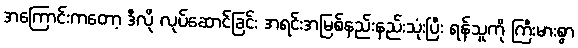
အကြောင်းကတော့ ဒီလို လုပ်ဆောင်ခြင်း အရင်းအမြစ်နည်းနည်းသုံးပြီး ရန်သူကို ကြီးမားစွာ